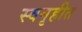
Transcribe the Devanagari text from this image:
स्वगृहीत